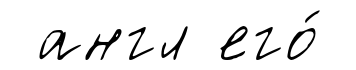
англ его́